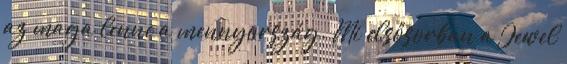
az maga lenne a mennyország. Mi elsősorban a Jewel